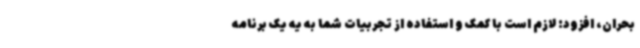
بحران، افزود: لازم است با کمک و استفاده از تجربیات شما به یه یک برنامه